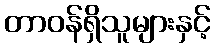
တာဝန်ရှိသူများနှင့်